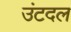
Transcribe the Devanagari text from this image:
उंटदल